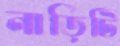
নাড়িটি